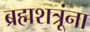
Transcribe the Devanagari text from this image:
ब्रह्मशत्रूंना